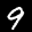
Label: 9